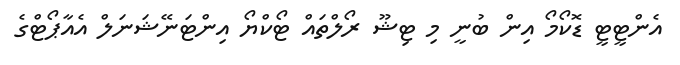
އެންޓީޓީ ޑޮކޯމޯ އިން ބުނީ މި ޓިޝޫ ރޯލްތައް ޓޯކްޔޯ އިންޓަނޭޝަނަލް އެއާޕޯޓްގެ